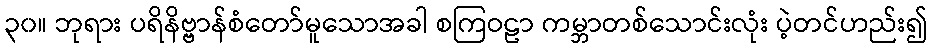
၃၀။ ဘုရား ပရိနိဗ္ဗာန်စံတော်မူသောအခါ စကြဝဠာ ကမ္ဘာတစ်သောင်းလုံး ပဲ့တင်ဟည်း၍